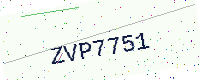
Text: ZVP7751